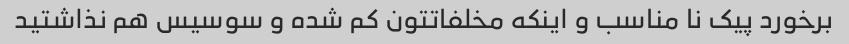
برخورد پیک نا مناسب و اینکه مخلفاتتون کم شده و سوسیس هم نذاشتید